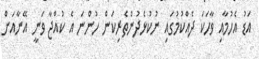
އަޑު އެހުމާއި ވާހަކަ ދެއްކުމުގައި ނުކުޅެދުންތެރިކަން ހުންނަ އެ ކުއްޖާ ވަނީ އޭނާއަށް